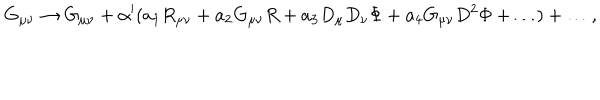
LaTeX: G _ { \mu \nu } \rightarrow G _ { \mu \nu } + \alpha ^ { \prime } ( a _ { 1 } R _ { \mu \nu } + a _ { 2 } G _ { \mu \nu } R + a _ { 3 } D _ { \mu } D _ { \nu } \Phi + a _ { 4 } G _ { \mu \nu } D ^ { 2 } \Phi + \ldots ) + \ldots , \,